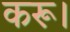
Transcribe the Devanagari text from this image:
करू।